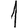
Digit: 1